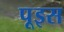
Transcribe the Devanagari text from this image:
पूइस